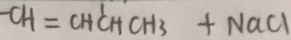
- C H = C H ^ { \prime } C H C H 3 + N a C l